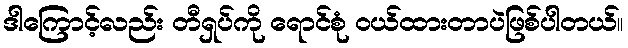
ဒါကြောင့်လည်း တီရှပ်ကို ရောင်စုံ ဝယ်ထားတာပဲဖြစ်ပါတယ်။